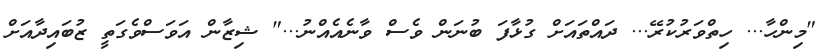
"މިންހާ... ހިތްވަރުކުރޭ... ދައްތައަށް ގުޅާފަ ބުނަން ވެސް ވާނެއެއްނު..." ޝިޒާން އަވަސްވެގަތީ ޒުބައިދާއަށް